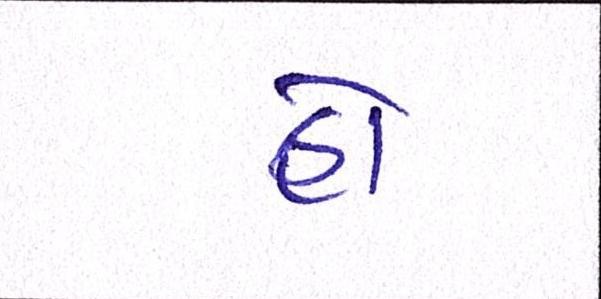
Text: હો